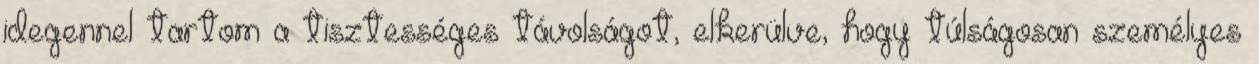
idegennel tartom a tisztességes távolságot, elkerülve, hogy túlságosan személyes